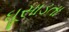
ઘૂસાડતા